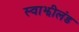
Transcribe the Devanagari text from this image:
स्वाझीलंड